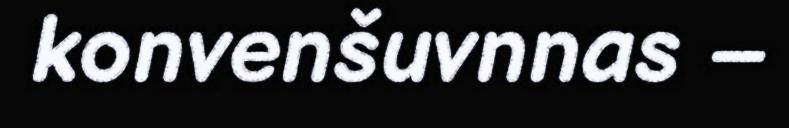
konvenšuvnnas –